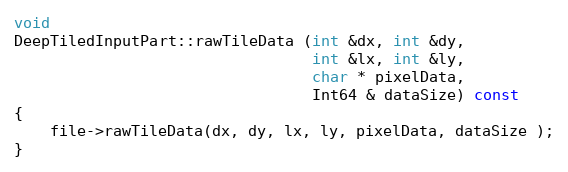
Language: C++
void
DeepTiledInputPart::rawTileData (int &dx, int &dy,
                                 int &lx, int &ly,
                                 char * pixelData,
                                 Int64 & dataSize) const
{
    file->rawTileData(dx, dy, lx, ly, pixelData, dataSize );
}